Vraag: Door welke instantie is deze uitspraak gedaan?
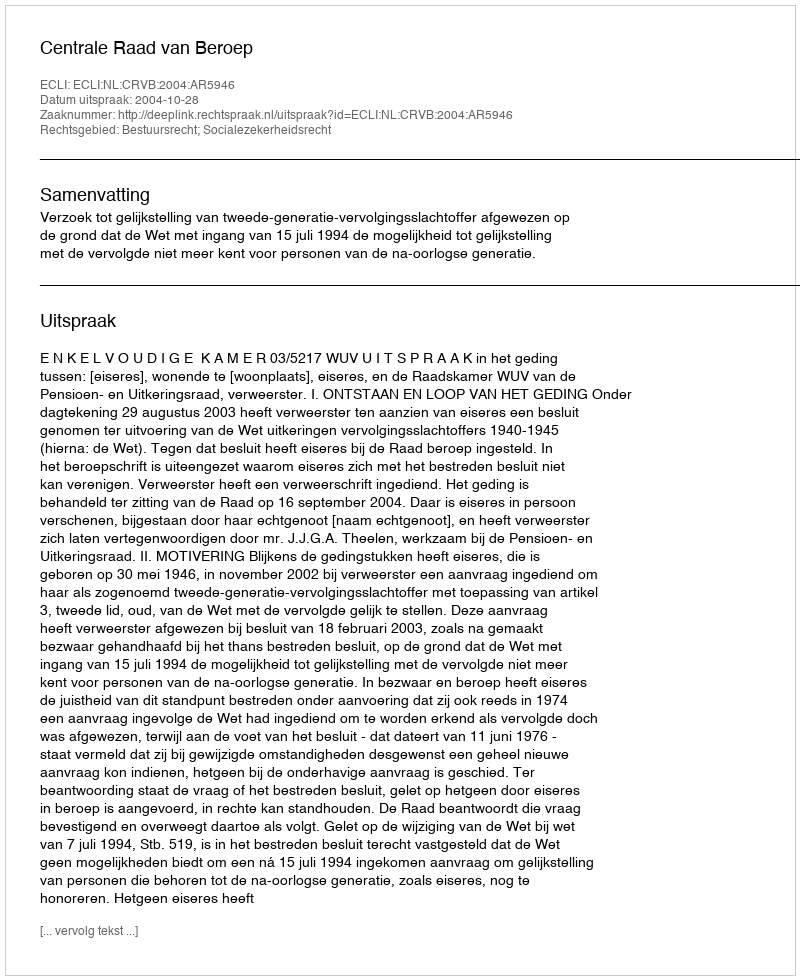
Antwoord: Centrale Raad van Beroep